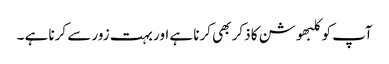
آپ کو کلبھوشن کا ذکر بھی کرنا ہے اور بہت زور سے کرنا ہے ۔